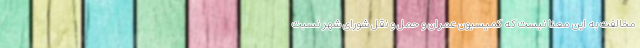
مخالفت به این معنا نیست که کمیسیون عمران و حمل و نقل شورای شهر نسبت